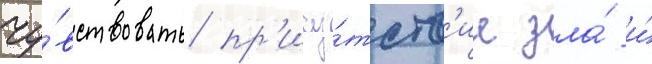
чу́вствовать пр'ису́тств'ие зла́ и́